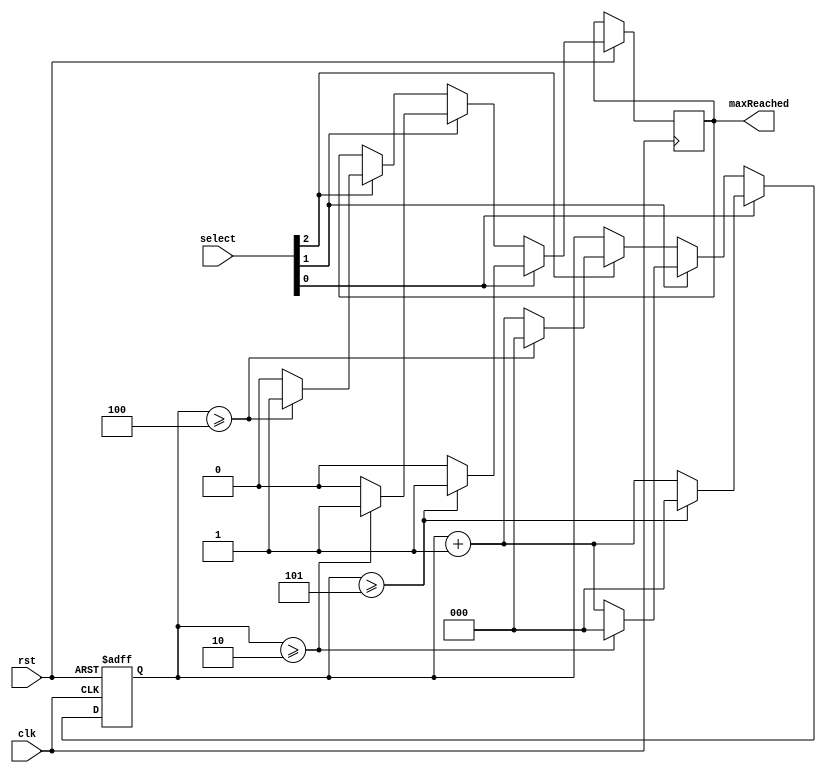
module counter(
	input      clk, rst,
	input[2:0] select,
	output reg maxReached
);

reg[2:0] count;
/* Enfoque 1: */
always@(posedge clk or negedge rst)
begin 
	if(!rst)
		count <= 3'b000;
	else if(select[0] == 1)
		begin
		if(count>= 5) 
			begin
			count <= 3'b000;
			maxReached = 1;
			end
		else 
			begin
			maxReached = 0;
			count <= count + 7'b0000001;
			end
		end
		
	else if(select[1] == 1)
		begin
		if(count>= 2) 
		begin
		count <= 3'b000;
		maxReached = 1;
		end
		else 
			begin
			count <= count + 7'b0000001;
			maxReached = 0;
			end
		end
		
	else if(select[2] == 1)
		begin
		if(count>= 4) 
		begin
		count <= 3'b000;
		maxReached = 1;
		end
		else
			begin
			maxReached = 0;
			count <= count + 7'b0000001;
			end
		end
end

endmodule